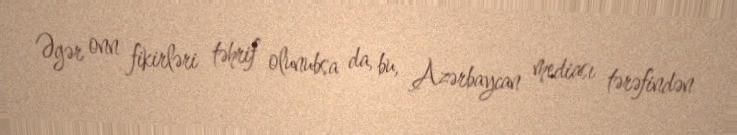
Əgər onn fikirləri təhrif olunubsa da, bu, Azərbaycan mediası tərəfindən